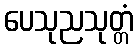
ပေသုညသုတ္တံ